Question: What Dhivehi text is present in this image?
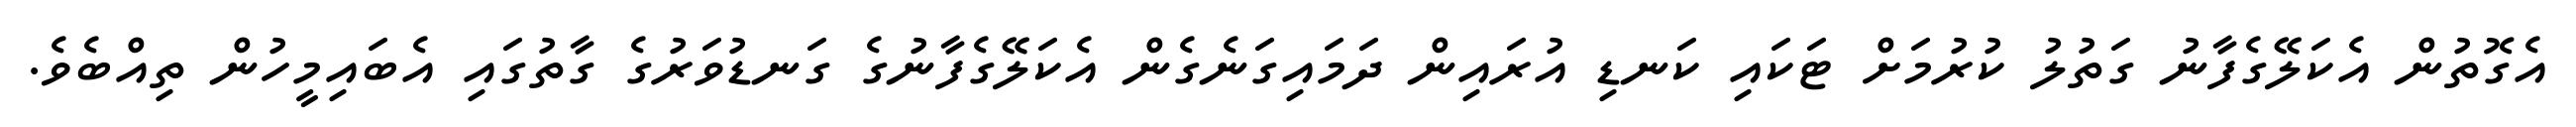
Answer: އެގޮތުން އެކަލޭގެފާނު ގަތުލު ކުރުމަށް ޓަކައި ކަނޑި އުރައިން ދަމައިގަނެގެން އެކަލޭގެފާނުގެ ގަނޑުވަރުގެ ގާތުގައި އެބައިމީހުން ތިއްބެވެ.